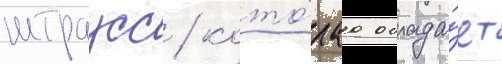
штраусс / кото́раа облада́ет